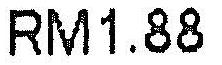
RM1.88